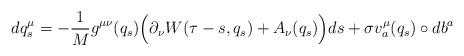
LaTeX: \begin{align*}dq_{s}^{\mu}=-\frac{1}{M}g^{\mu\nu}(q_{s})\Big(\partial_{\nu} W(\tau-s,q_{s})+A_{\nu}(q_{s})\Big) ds+\sigma v^{\mu}_{a}(q_{s})\circ db^{a}\end{align*}